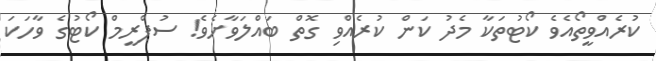
ކުރެއްވީތޯއެވެ ކޯޓުތަކާ މެދު ކަން ކުރެއްވި ގޮތް ބައްލަވާށެވެ! ސުޕްރީމް ކޯޓުގެ ވާހަކަ